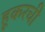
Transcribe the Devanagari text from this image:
हूकरची